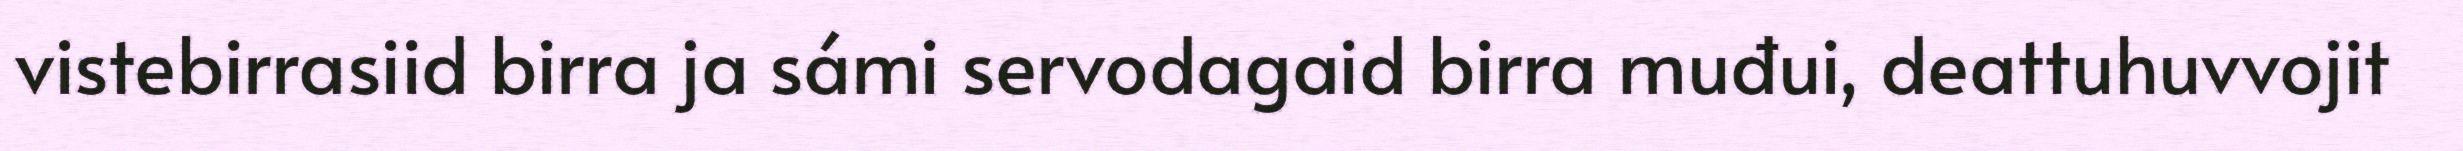
vistebirrasiid birra ja sámi servodagaid birra muđui, deattuhuvvojit